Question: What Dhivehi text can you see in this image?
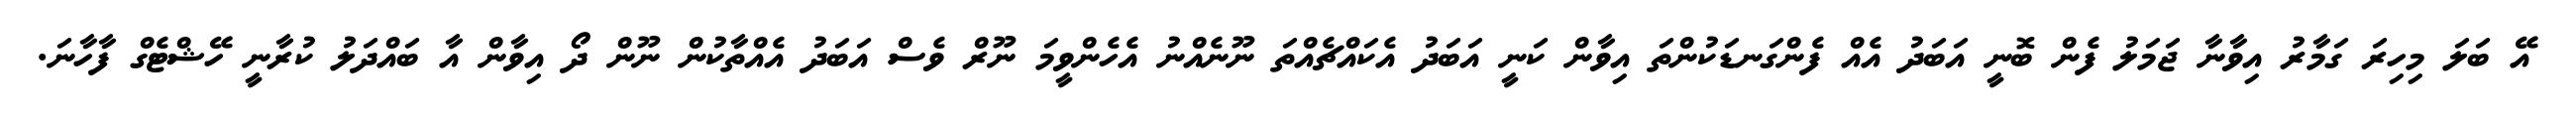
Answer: އޭ ބަލަ މިހިރަ ގަމާރު އިވާނާ ޖަމަލު ފެން ބޮނީ އަބަދު އެއް ފެންގަނޑަކުންތަ އިވާން ކަނީ އަބަދު އެކައްޗެއްތަ ނޫނެއްނު އެހެންވީމަ ނޫރް ވެސް އަބަދު އެއްތާކުން ނޫން ދޯ އިވާން އާ ބައްދަލު ކުރާނީ ހޭޝްޓެގް ފާހާނަ.